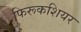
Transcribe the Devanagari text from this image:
फिरूकशियर